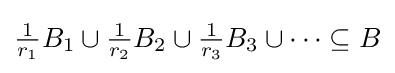
{\tfrac {1}{r_{1}}}B_{1}\cup {\tfrac {1}{r_{2}}}B_{2}\cup {\tfrac {1}{r_{3}}}B_{3}\cup \cdots \subseteq B